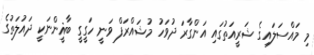
މި މައްސަލައިގެ ޝަރީއަތުގައި އަންގާރަ ދުވަހު މުޝައްރަފް ވަނީ ހަގީގީ ބާޣީންނަކީ ދައުލަތުގެ